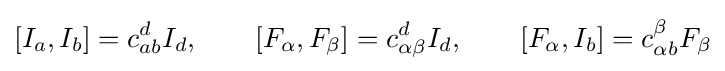
[I_{a},I_{b}]=c_{ab}^{d}I_{d},\qquad [F_{\alpha },F_{\beta }]=c_{\alpha \beta }^{d}I_{d},\qquad [F_{\alpha },I_{b}]=c_{\alpha b}^{\beta }F_{\beta }